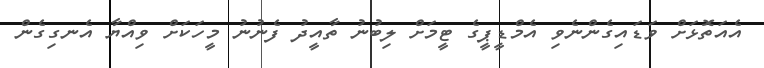
އެއަތޮޅަށް ވަޑައިގެންނެވި އެމްޑީޕީގެ ޓީމަށް ލިބުނު ތާއީދު ފެނުނު މީހަކަށް ވިއްޔާ އެނގިގެން